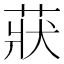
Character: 𦲚